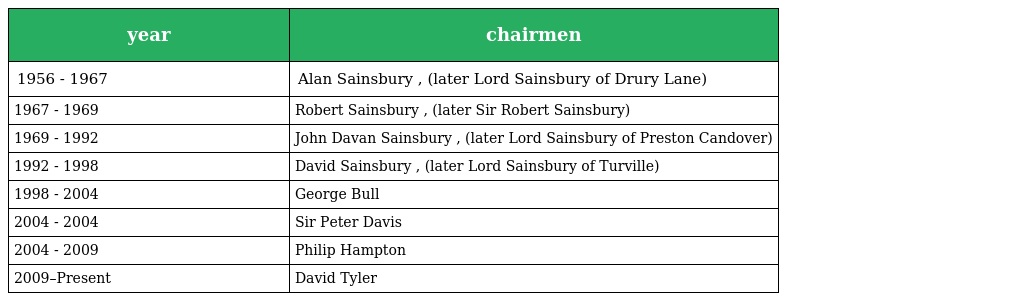
| year | chairmen |
 | --- | --- |
 | 1956 - 1967 | Alan Sainsbury , (later Lord Sainsbury of Drury Lane) |
 | 1967 - 1969 | Robert Sainsbury , (later Sir Robert Sainsbury) |
 | 1969 - 1992 | John Davan Sainsbury , (later Lord Sainsbury of Preston Candover) |
 | 1992 - 1998 | David Sainsbury , (later Lord Sainsbury of Turville) |
 | 1998 - 2004 | George Bull |
 | 2004 - 2004 | Sir Peter Davis |
 | 2004 - 2009 | Philip Hampton |
 | 2009–Present | David Tyler |